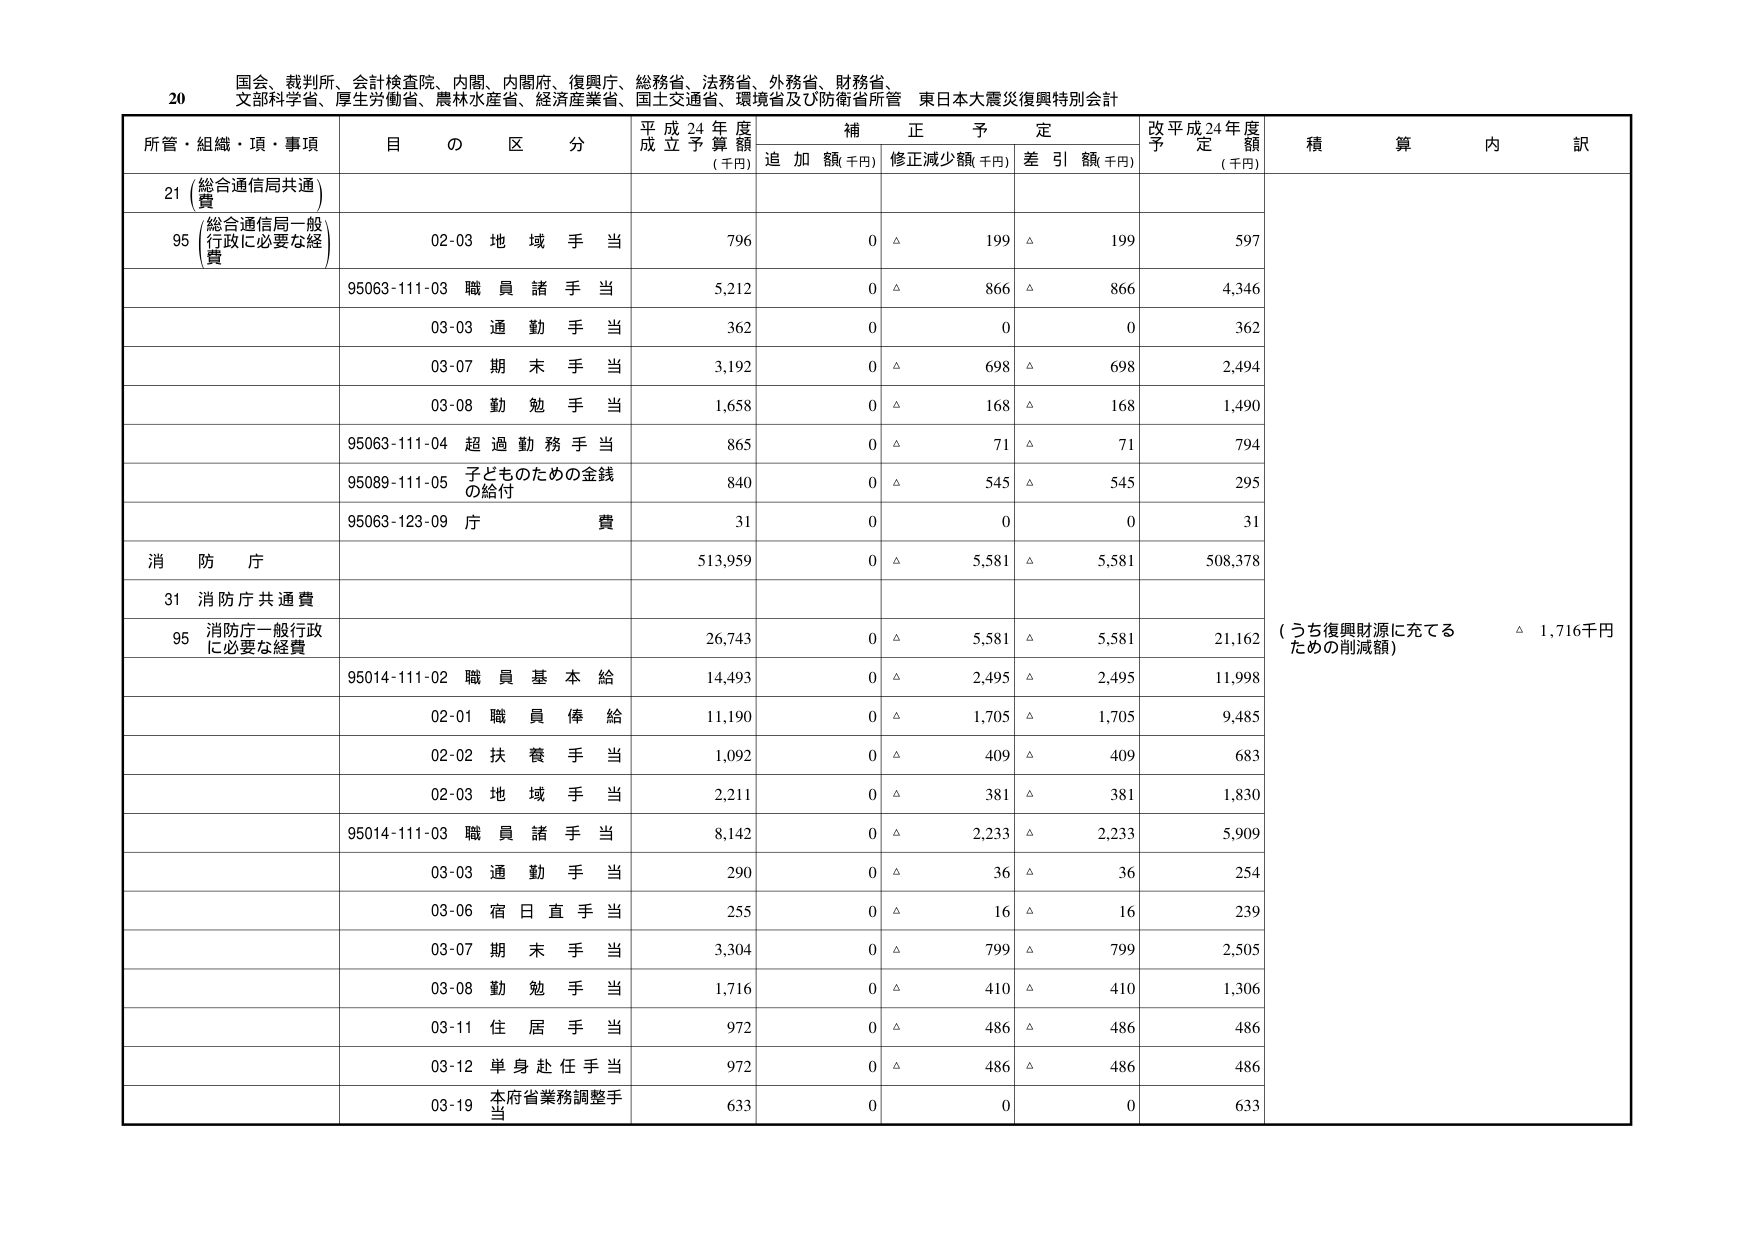
20 国会、裁判所、会計検査院、内閣、内閣府、復興庁、総務省、法務省、外務省、財務省、
文部科学省、厚生労働省、農林水産省、経済産業省、国土交通省、環境省及び防衛省所管 東日本大震災復興特別会計

所管・組織・項・事項 目 の 区 分 平成24年度 成立予算額 (千円) 補正予定 追加額(千円) 修正減少額(千円) 差引額(千円) 改平成24年度 予定額 (千円) 積算内訳

21 (総合通信局共通) 費
95 (総合通信局一般 行政に必要な経 費) 02-03 地域手当 796 0 △ 199 △ 199 597
95063-111-03 職員諸手当 5,212 0 △ 866 △ 866 4,346
03-03 通勤手当 362 0 0 0 362
03-07 期末手当 3,192 0 △ 698 △ 698 2,494
03-08 勤勉手当 1,658 0 △ 168 △ 168 1,490
95063-111-04 超過勤務手当 865 0 △ 71 △ 71 794
95089-111-05 子どものための金銭 の給付 840 0 △ 545 △ 545 295
95063-123-09 庁費 31 0 0 0 31

消防庁 513,959 0 △ 5,581 △ 5,581 508,378

31 消防庁共通費
95 消防庁一般行政 に必要な経費 26,743 0 △ 5,581 △ 5,581 21,162 (うち復興財源に充てる ための削減額) △ 1,716千円
95014-111-02 職員基本給 14,493 0 △ 2,495 △ 2,495 11,998
02-01 職員俸給 11,190 0 △ 1,705 △ 1,705 9,485
02-02 扶養手当 1,092 0 △ 409 △ 409 683
02-03 地域手当 2,211 0 △ 381 △ 381 1,830
95014-111-03 職員諸手当 8,142 0 △ 2,233 △ 2,233 5,909
03-03 通勤手当 290 0 △ 36 △ 36 254
03-06 宿日直手当 255 0 △ 16 △ 16 239
03-07 期末手当 3,304 0 △ 799 △ 799 2,505
03-08 勤勉手当 1,716 0 △ 410 △ 410 1,306
03-11 住居手当 972 0 △ 486 △ 486 486
03-12 単身赴任手当 972 0 △ 486 △ 486 486
03-19 本府省業務調整手 当 633 0 0 0 633